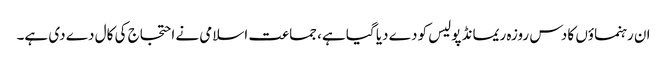
ان رہنماؤں کا دس روزہ ریمانڈ پولیس کو دے دیا گیا ہے، جماعت اسلامی نے احتجاج کی کال دے دی ہے۔